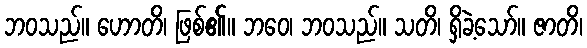
ဘဝသည်။ ဟောတိ၊ ဖြစ်၏။ ဘဝေ၊ ဘဝသည်။ သတိ၊ ရှိခဲ့သော်။ ဇာတိ၊